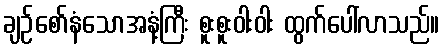
ချဉ်စော်နံသောအနံ့ကြီး စူးစူးဝါးဝါး ထွက်ပေါ်လာသည်။